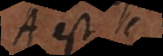
A est B,